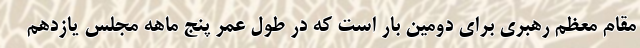
مقام معظم رهبری برای دومین بار است که در طول عمر پنج ماهه مجلس یازدهم